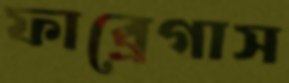
ফাব্রেগাস